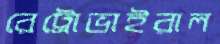
রেট্রোভাইরাল